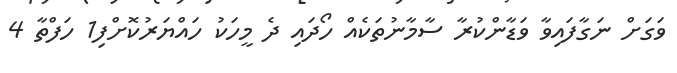
ވަގަށް ނަގާފައިވާ ވަޑާންކުރާ ސާމާނުތަކެއް ހޯދައި ދެ މީހަކު ހައްޔަރުކޮށްފި1 ހަފްތާ 4